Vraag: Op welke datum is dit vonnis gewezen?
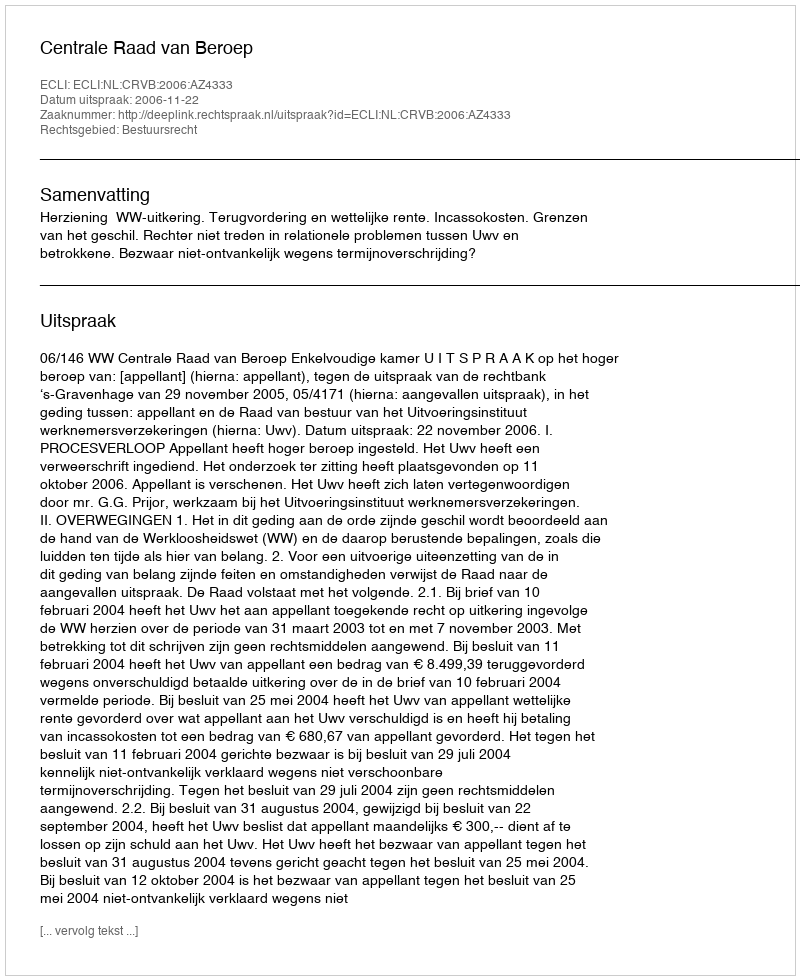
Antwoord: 2006-11-22